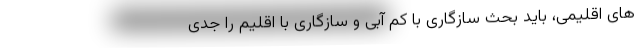
های اقلیمی، باید بحث سازگاری با کم آبی و سازگاری با اقلیم را جدی